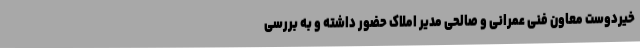
خیردوست معاون فنی عمرانی و صالحی مدیر املاک حضور داشته و به بررسی